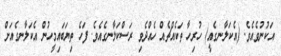
އަކުނުވެއެވެ. (އެކަލާނގެއީ) ހުރިހާ ތަކެއްޗެއް ހެއްދެވި ރަސްކަލާނގެއެވެ. ފަހެ ތިޔަބައިމީހުން އެކަލާނގެއަށް